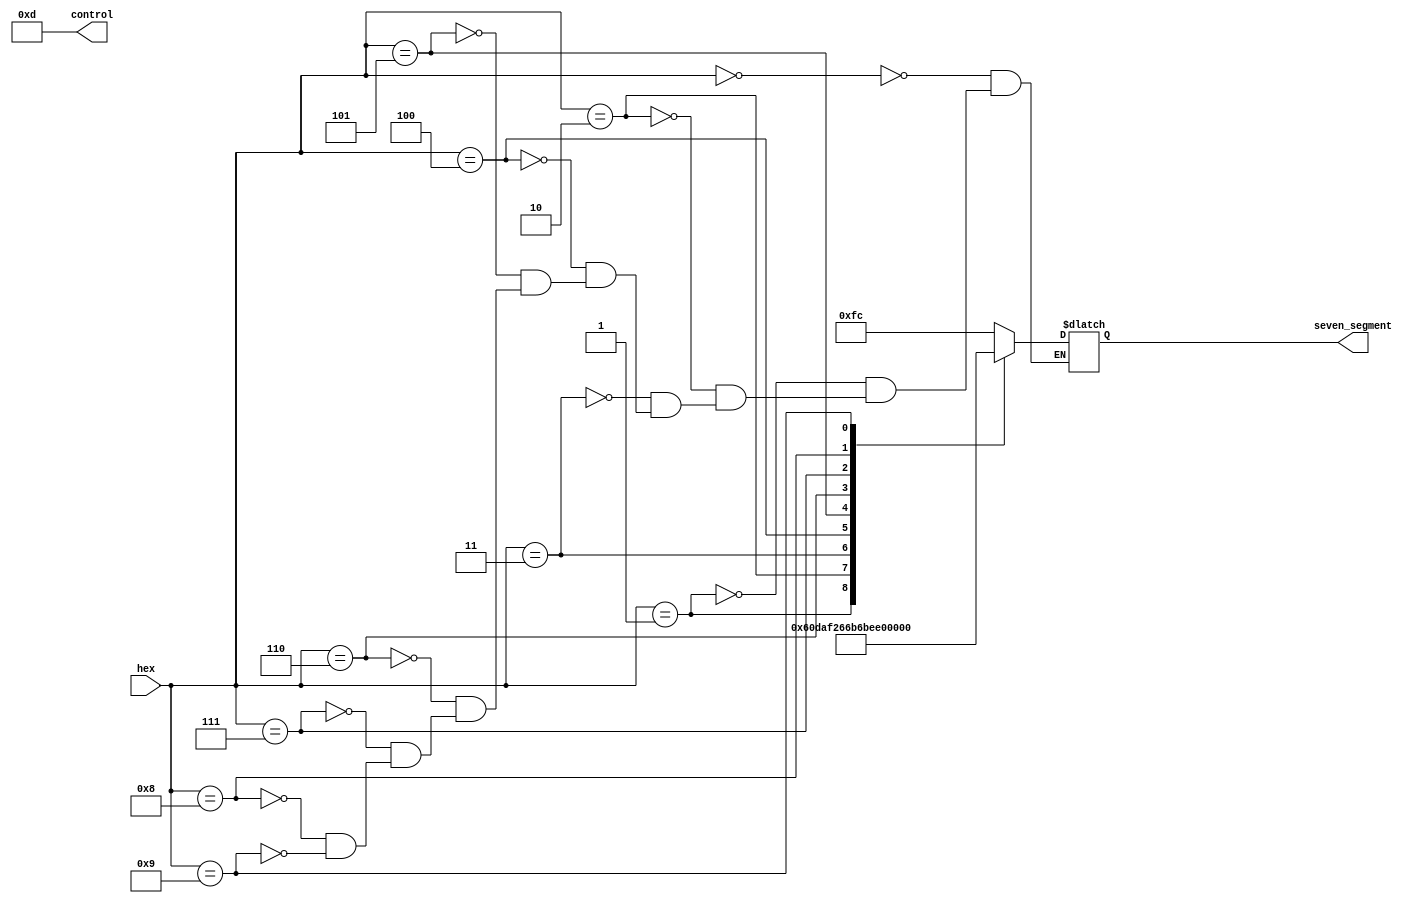
//hex - 7segment 
module Hex_7segment(hex,control,seven_segment);

input [3:0]hex;
output[7:0]seven_segment;
reg [7:0]seven_segment;
output reg [3:0]control;

initial
begin
seven_segment=8'b11111100;
control=4'b1110;
end

always @*
begin
control=4'b1101;
case(hex)

4'b0000:begin seven_segment=8'b11111100;
        end
4'b0001:begin seven_segment=8'b01100000;
        end		  
4'b0010:begin seven_segment=8'b11011010;
        end
4'b0011:begin seven_segment=8'b11110010;
        end
4'b0100:begin seven_segment=8'b01100110;
        end
4'b0101:begin seven_segment=8'b10110110;
        end
4'b0110:begin seven_segment=8'b10111110;
        end
4'b0111:begin seven_segment=8'b11100000;
        end
4'b1000:begin seven_segment=8'b11111110;
        end
4'b1001:begin seven_segment=8'b11110110;
        end
endcase
end		  
endmodule